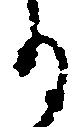
る